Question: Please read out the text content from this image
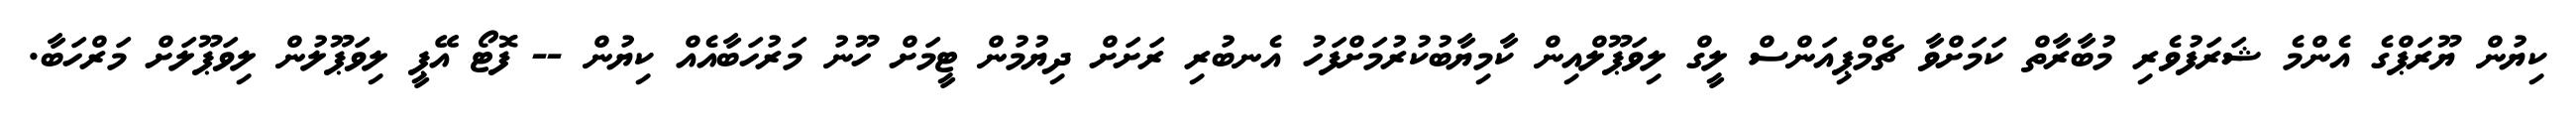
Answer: ކިޔުން ޔޫރަޕްގެ އެންމެ ޝަރަފުވެރި މުބާރާތް ކަމަށްވާ ޗެމްޕިއަންސް ލީގް ލިވަޕޫލްއިން ކާމިޔާބުކުރުމަށްފަހު އެނބުރި ރަށަށް ދިޔުމުން ޓީމަށް ހޫނު މަރުހަބާއެއް ކިޔުން -- ފޮޓޯ އޭޕީ ލިވަޕޫލުން ލިވަޕޫލަށް މަރްހަބާ.